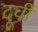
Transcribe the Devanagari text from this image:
दूर्वी